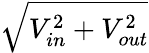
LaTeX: \sqrt{V_{in}^{2}+V_{out}^{2}}